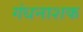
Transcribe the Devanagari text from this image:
गंधनाशक